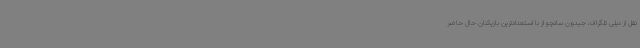
نقل از دیلی تلگراف، جیدون سانچو از با استعدادترین بازیکنان حال حاضر